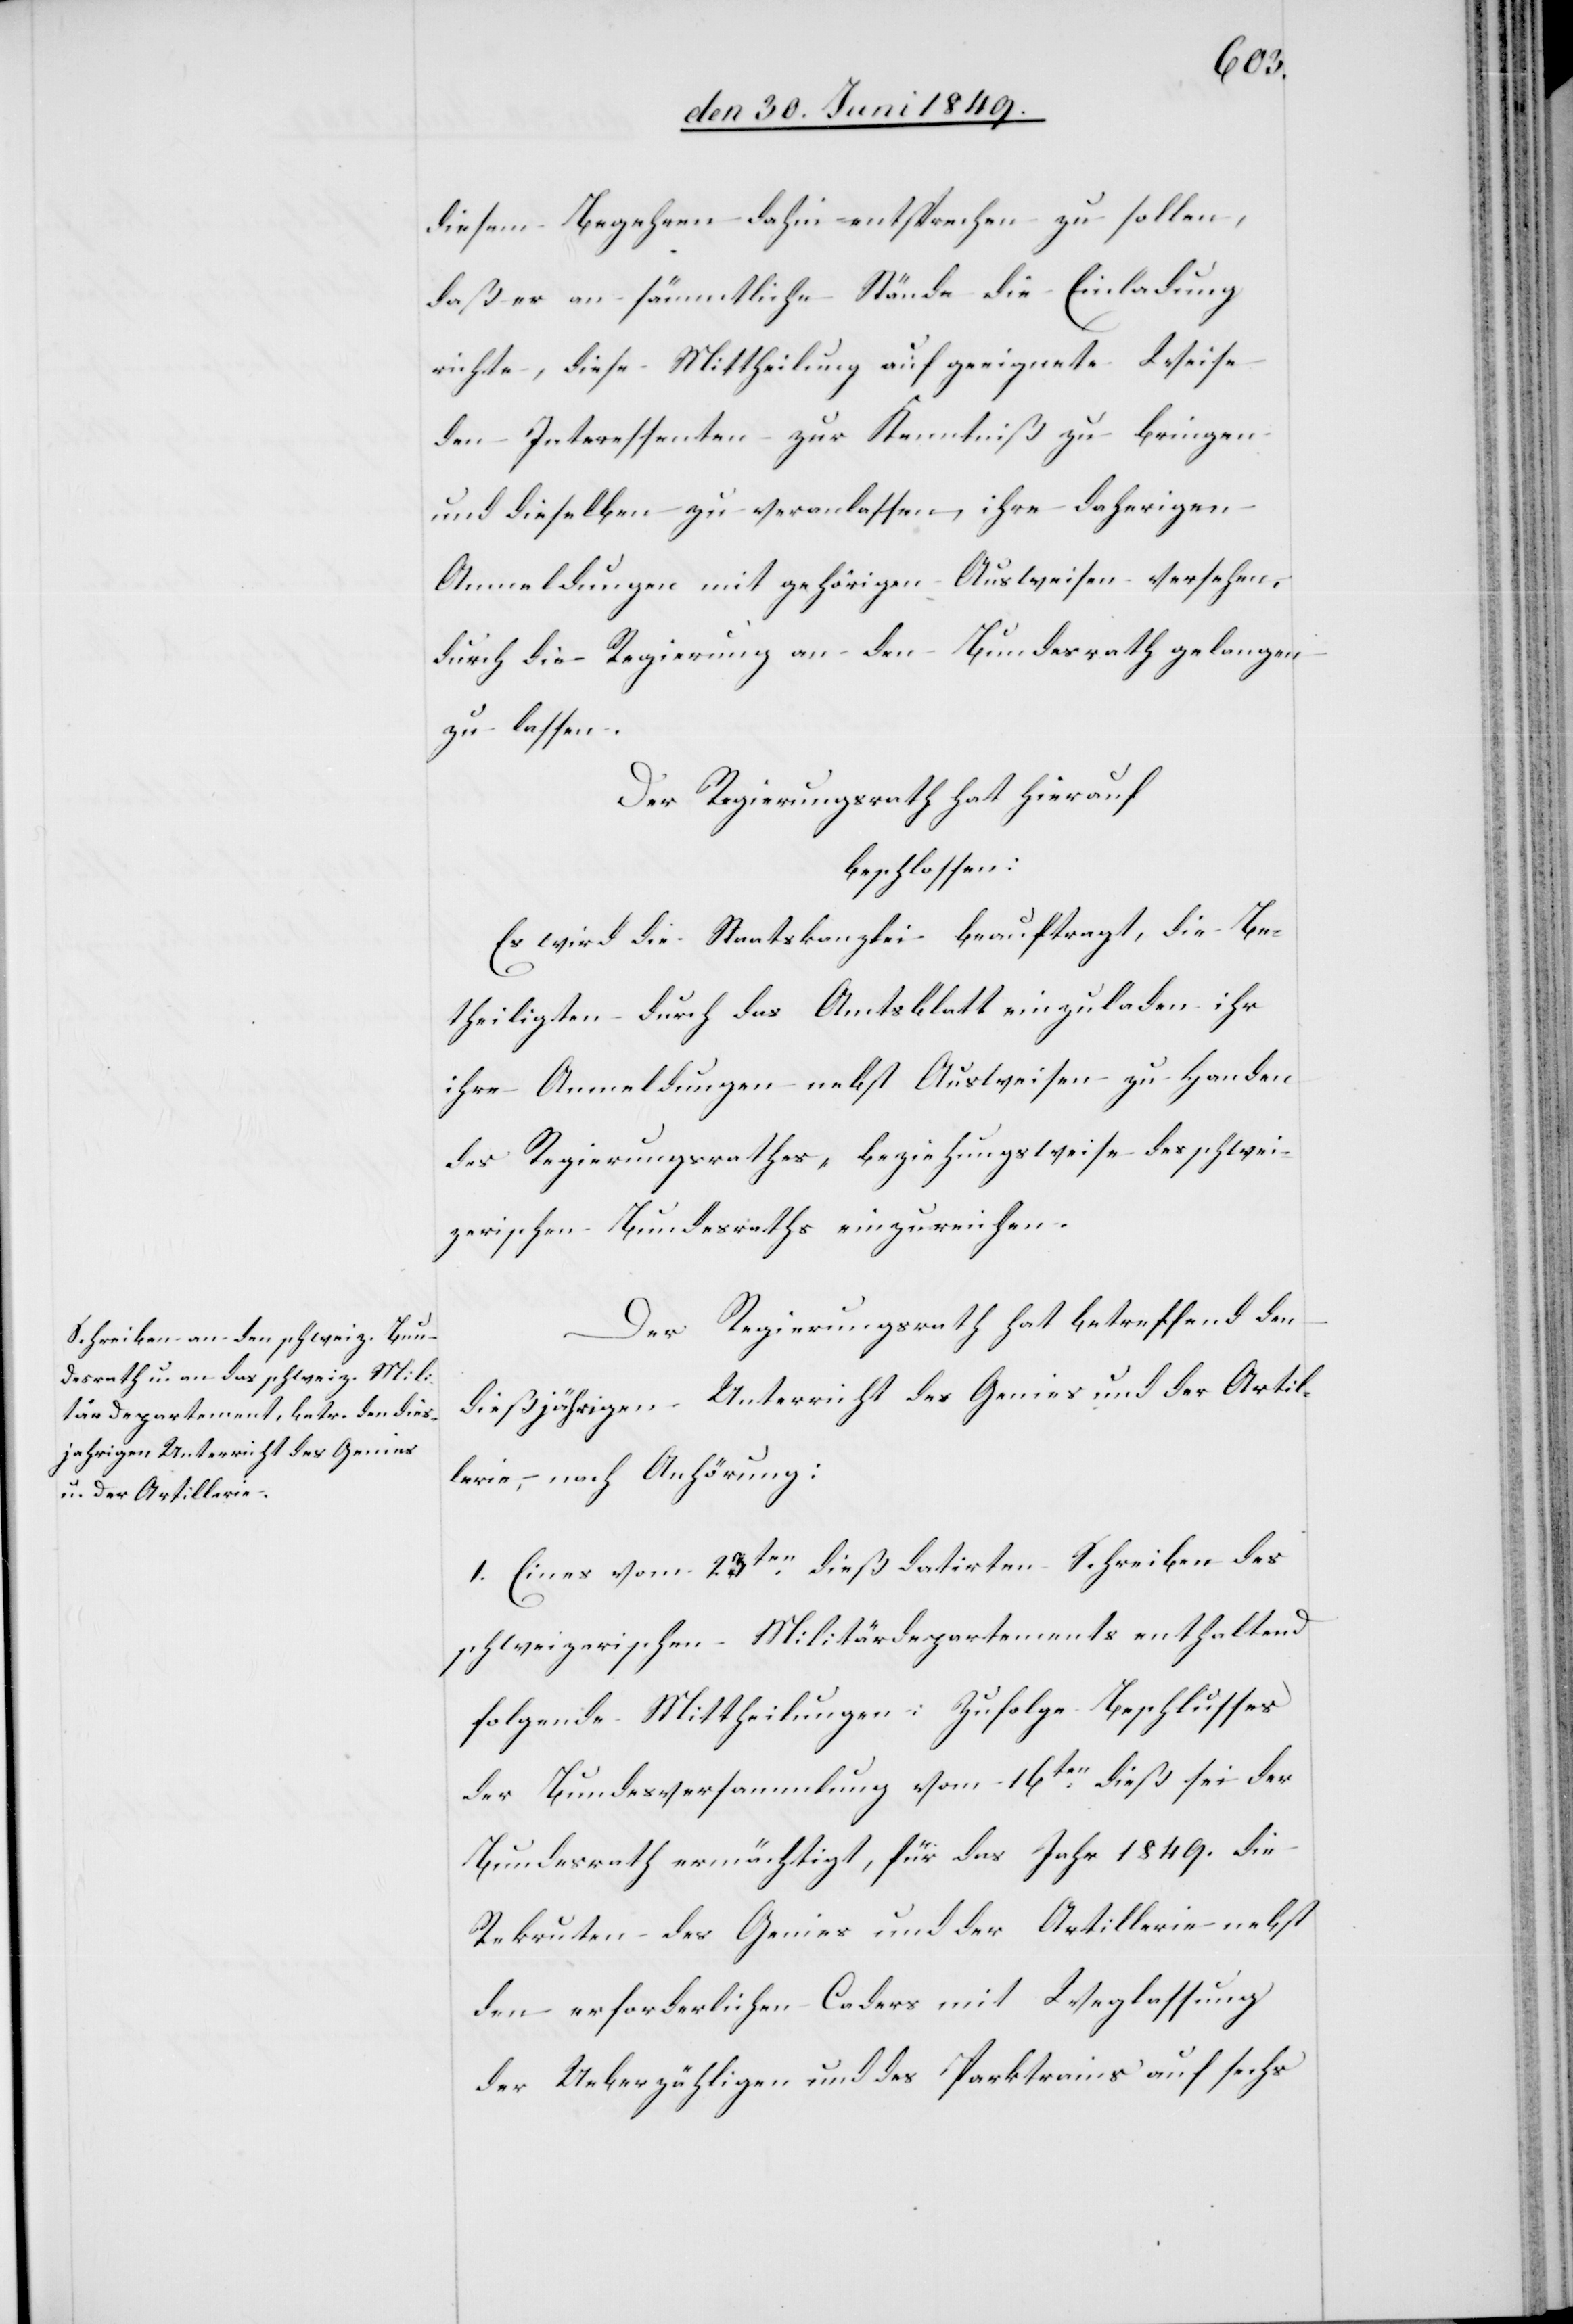
diesem Begehren dahin entsprechen zu sollen,
daß er an sämmtliche Stände die Einladung
richte, diese Mittheilung auf geeignete Weise
den Interessenten zur Kenntniß zu bringen
und dieselben zu veranlassen, ihre daherigen
Anmeldungen mit gehörigen Ausweisen versehen,
durch die Regierung an den Bundesrath gelangen
zu lassen.
Der Regierungsrath hat hierauf
beschlossen:
Es wird die Staatskanzlei beauftragt, die Be¬
theiligten durch das Amtsblatt einzuladen ihr
ihre Anmeldungen nebst Ausweisen zu Handen
des Regierungsrathes, beziehungsweise des schwei¬
zerischen Bundesraths einzureichen.
Der Regierungsrath hat betreffend den
dießjährigen Unterricht des Genies und der Artil¬
lerie, nach Anhörung:
1. Eines vom 23ten dieß datirten Schreiben des
schweizerischen Militärdepartements enthaltend
folgende Mittheilungen: Zufolge Beschlusses
der Bundesversammlung vom 16ten dieß sei der
Bundesrath ermächtigt, für das Jahr 1849. die
Rekruten des Genies und der Artillerie nebst
den erforderlichen Caders mit Weglassung
der Unterzähligen und des Parktrains‘ auf sechs